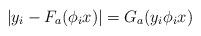
LaTeX: \begin{align*}|y_i-F_a(\phi_i x)|=G_a(y_i\phi_i x)\end{align*}